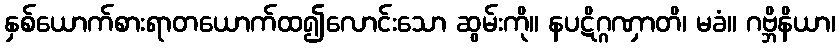
နှစ်ယောက်စားရာတယောက်ထ၍လောင်းသော ဆွမ်းကို။ နပဋိဂ္ဂဏှာတိ၊ မခံ။ ဂဗ္ဘိနိယာ၊